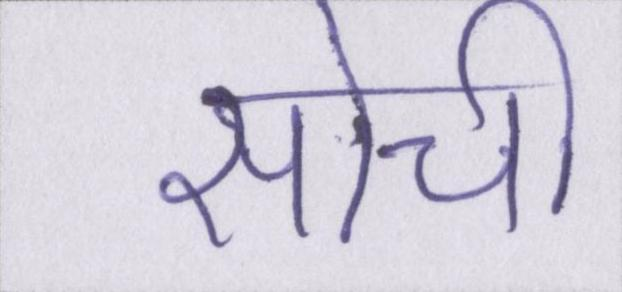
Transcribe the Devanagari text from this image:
सोची